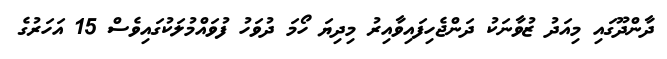
ދާންދޫގައި މިއަދު ޒުވާނަކު ދަންޖެހިފައިވާއިރު މިދިޔަ ހޯމަ ދުވަހު ފުވައްމުލަކުގައިވެސް 15 އަހަރުގެ